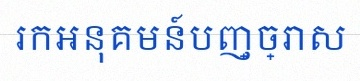
រកអនុគមន៍បញ្ច្រាស